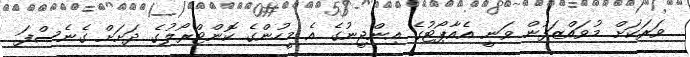
ވަރަކަށް މުވައްޒަފުން ވަނީ އެއާޕޯޓުގެ އިންޖީނުގެ އެ މީހުންގެ ކޮންޓްރޯލުގެ ދަށަށް ގެނެސްފަ